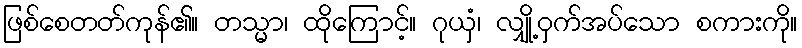
ဖြစ်စေတတ်ကုန်၏။ တသ္မာ၊ ထိုကြောင့်။ ဂုယှံ၊ လျှို့ဝှက်အပ်သော စကားကို။